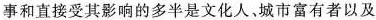
事和直接受其影响的多半是文化人。城市富有者以及